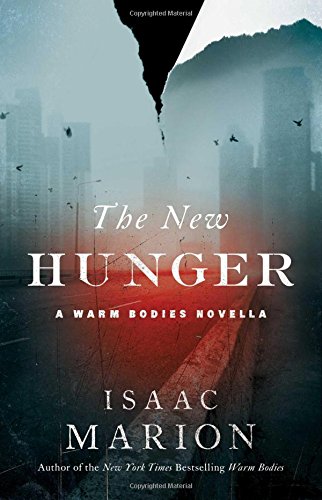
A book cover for The New Hunger: A Warm Bodies Novella (The Warm Bodies Series); Isaac Marion; Mystery, Thriller & Suspense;